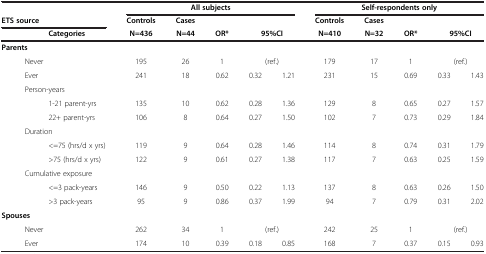
<table><thead><tr><td>[EMPTY_CELL]</td><td>[EMPTY_CELL]</td><td>[EMPTY_CELL]</td><td colspan="5"><b>All subjects</b></td><td colspan="5"><b>Self-respondents only</b></td></tr><tr><td colspan="3"><b>ETS source</b></td><td><b>Controls</b></td><td><b>Cases</b></td><td>[EMPTY_CELL]</td><td>[EMPTY_CELL]</td><td>[EMPTY_CELL]</td><td><b>Controls</b></td><td><b>Cases</b></td><td>[EMPTY_CELL]</td><td>[EMPTY_CELL]</td><td>[EMPTY_CELL]</td></tr><tr><td>[EMPTY_CELL]</td><td>[EMPTY_CELL]</td><td><b>Categories</b></td><td><b>N=436</b></td><td><b>N=44</b></td><td><b>OR*</b></td><td colspan="2"><b>95%CI</b></td><td><b>N=410</b></td><td><b>N=32</b></td><td><b>OR*</b></td><td colspan="2"><b>95%CI</b></td></tr></thead><tbody><tr><td colspan="3"><b>Parents</b></td><td>[EMPTY_CELL]</td><td>[EMPTY_CELL]</td><td>[EMPTY_CELL]</td><td>[EMPTY_CELL]</td><td>[EMPTY_CELL]</td><td>[EMPTY_CELL]</td><td>[EMPTY_CELL]</td><td>[EMPTY_CELL]</td><td>[EMPTY_CELL]</td><td>[EMPTY_CELL]</td></tr><tr><td>[EMPTY_CELL]</td><td colspan="2">Never</td><td>195</td><td>26</td><td>1</td><td colspan="2">(ref.)</td><td>179</td><td>17</td><td>1</td><td colspan="2">(ref.)</td></tr><tr><td>[EMPTY_CELL]</td><td colspan="2">Ever</td><td>241</td><td>18</td><td>0.62</td><td>0.32</td><td>1.21</td><td>231</td><td>15</td><td>0.69</td><td>0.33</td><td>1.43</td></tr><tr><td>[EMPTY_CELL]</td><td colspan="2">Person-years</td><td>[EMPTY_CELL]</td><td>[EMPTY_CELL]</td><td>[EMPTY_CELL]</td><td>[EMPTY_CELL]</td><td>[EMPTY_CELL]</td><td>[EMPTY_CELL]</td><td>[EMPTY_CELL]</td><td>[EMPTY_CELL]</td><td>[EMPTY_CELL]</td><td>[EMPTY_CELL]</td></tr><tr><td>[EMPTY_CELL]</td><td>[EMPTY_CELL]</td><td>1-21 parent-yrs</td><td>135</td><td>10</td><td>0.62</td><td>0.28</td><td>1.36</td><td>129</td><td>8</td><td>0.65</td><td>0.27</td><td>1.57</td></tr><tr><td>[EMPTY_CELL]</td><td>[EMPTY_CELL]</td><td>22+ parent-yrs</td><td>106</td><td>8</td><td>0.64</td><td>0.27</td><td>1.50</td><td>102</td><td>7</td><td>0.73</td><td>0.29</td><td>1.84</td></tr><tr><td>[EMPTY_CELL]</td><td colspan="2">Duration</td><td>[EMPTY_CELL]</td><td>[EMPTY_CELL]</td><td>[EMPTY_CELL]</td><td>[EMPTY_CELL]</td><td>[EMPTY_CELL]</td><td>[EMPTY_CELL]</td><td>[EMPTY_CELL]</td><td>[EMPTY_CELL]</td><td>[EMPTY_CELL]</td><td>[EMPTY_CELL]</td></tr><tr><td>[EMPTY_CELL]</td><td>[EMPTY_CELL]</td><td>&lt;=75 (hrs/d x yrs)</td><td>119</td><td>9</td><td>0.64</td><td>0.28</td><td>1.46</td><td>114</td><td>8</td><td>0.74</td><td>0.31</td><td>1.79</td></tr><tr><td>[EMPTY_CELL]</td><td>[EMPTY_CELL]</td><td>&gt;75 (hrs/d x yrs)</td><td>122</td><td>9</td><td>0.61</td><td>0.27</td><td>1.38</td><td>117</td><td>7</td><td>0.63</td><td>0.25</td><td>1.59</td></tr><tr><td>[EMPTY_CELL]</td><td colspan="2">Cumulative exposure</td><td>[EMPTY_CELL]</td><td>[EMPTY_CELL]</td><td>[EMPTY_CELL]</td><td>[EMPTY_CELL]</td><td>[EMPTY_CELL]</td><td>[EMPTY_CELL]</td><td>[EMPTY_CELL]</td><td>[EMPTY_CELL]</td><td>[EMPTY_CELL]</td><td>[EMPTY_CELL]</td></tr><tr><td>[EMPTY_CELL]</td><td>[EMPTY_CELL]</td><td>&lt;=3 pack-years</td><td>146</td><td>9</td><td>0.50</td><td>0.22</td><td>1.13</td><td>137</td><td>8</td><td>0.63</td><td>0.26</td><td>1.50</td></tr><tr><td>[EMPTY_CELL]</td><td>[EMPTY_CELL]</td><td>&gt;3 pack-years</td><td>95</td><td>9</td><td>0.86</td><td>0.37</td><td>1.99</td><td>94</td><td>7</td><td>0.79</td><td>0.31</td><td>2.02</td></tr><tr><td colspan="3"><b>Spouses</b></td><td>[EMPTY_CELL]</td><td>[EMPTY_CELL]</td><td>[EMPTY_CELL]</td><td>[EMPTY_CELL]</td><td>[EMPTY_CELL]</td><td>[EMPTY_CELL]</td><td>[EMPTY_CELL]</td><td>[EMPTY_CELL]</td><td>[EMPTY_CELL]</td><td>[EMPTY_CELL]</td></tr><tr><td>[EMPTY_CELL]</td><td colspan="2">Never</td><td>262</td><td>34</td><td>1</td><td colspan="2">(ref.)</td><td>242</td><td>25</td><td>1</td><td colspan="2">(ref.)</td></tr><tr><td>[EMPTY_CELL]</td><td colspan="2">Ever</td><td>174</td><td>10</td><td>0.39</td><td>0.18</td><td>0.85</td><td>168</td><td>7</td><td>0.37</td><td>0.15</td><td>0.93</td></tr></tbody></table>